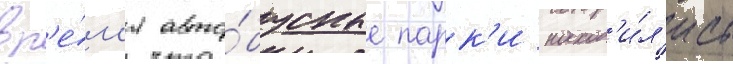
вр'е́м'я авто́бусные парк'и наход'и́л'ись